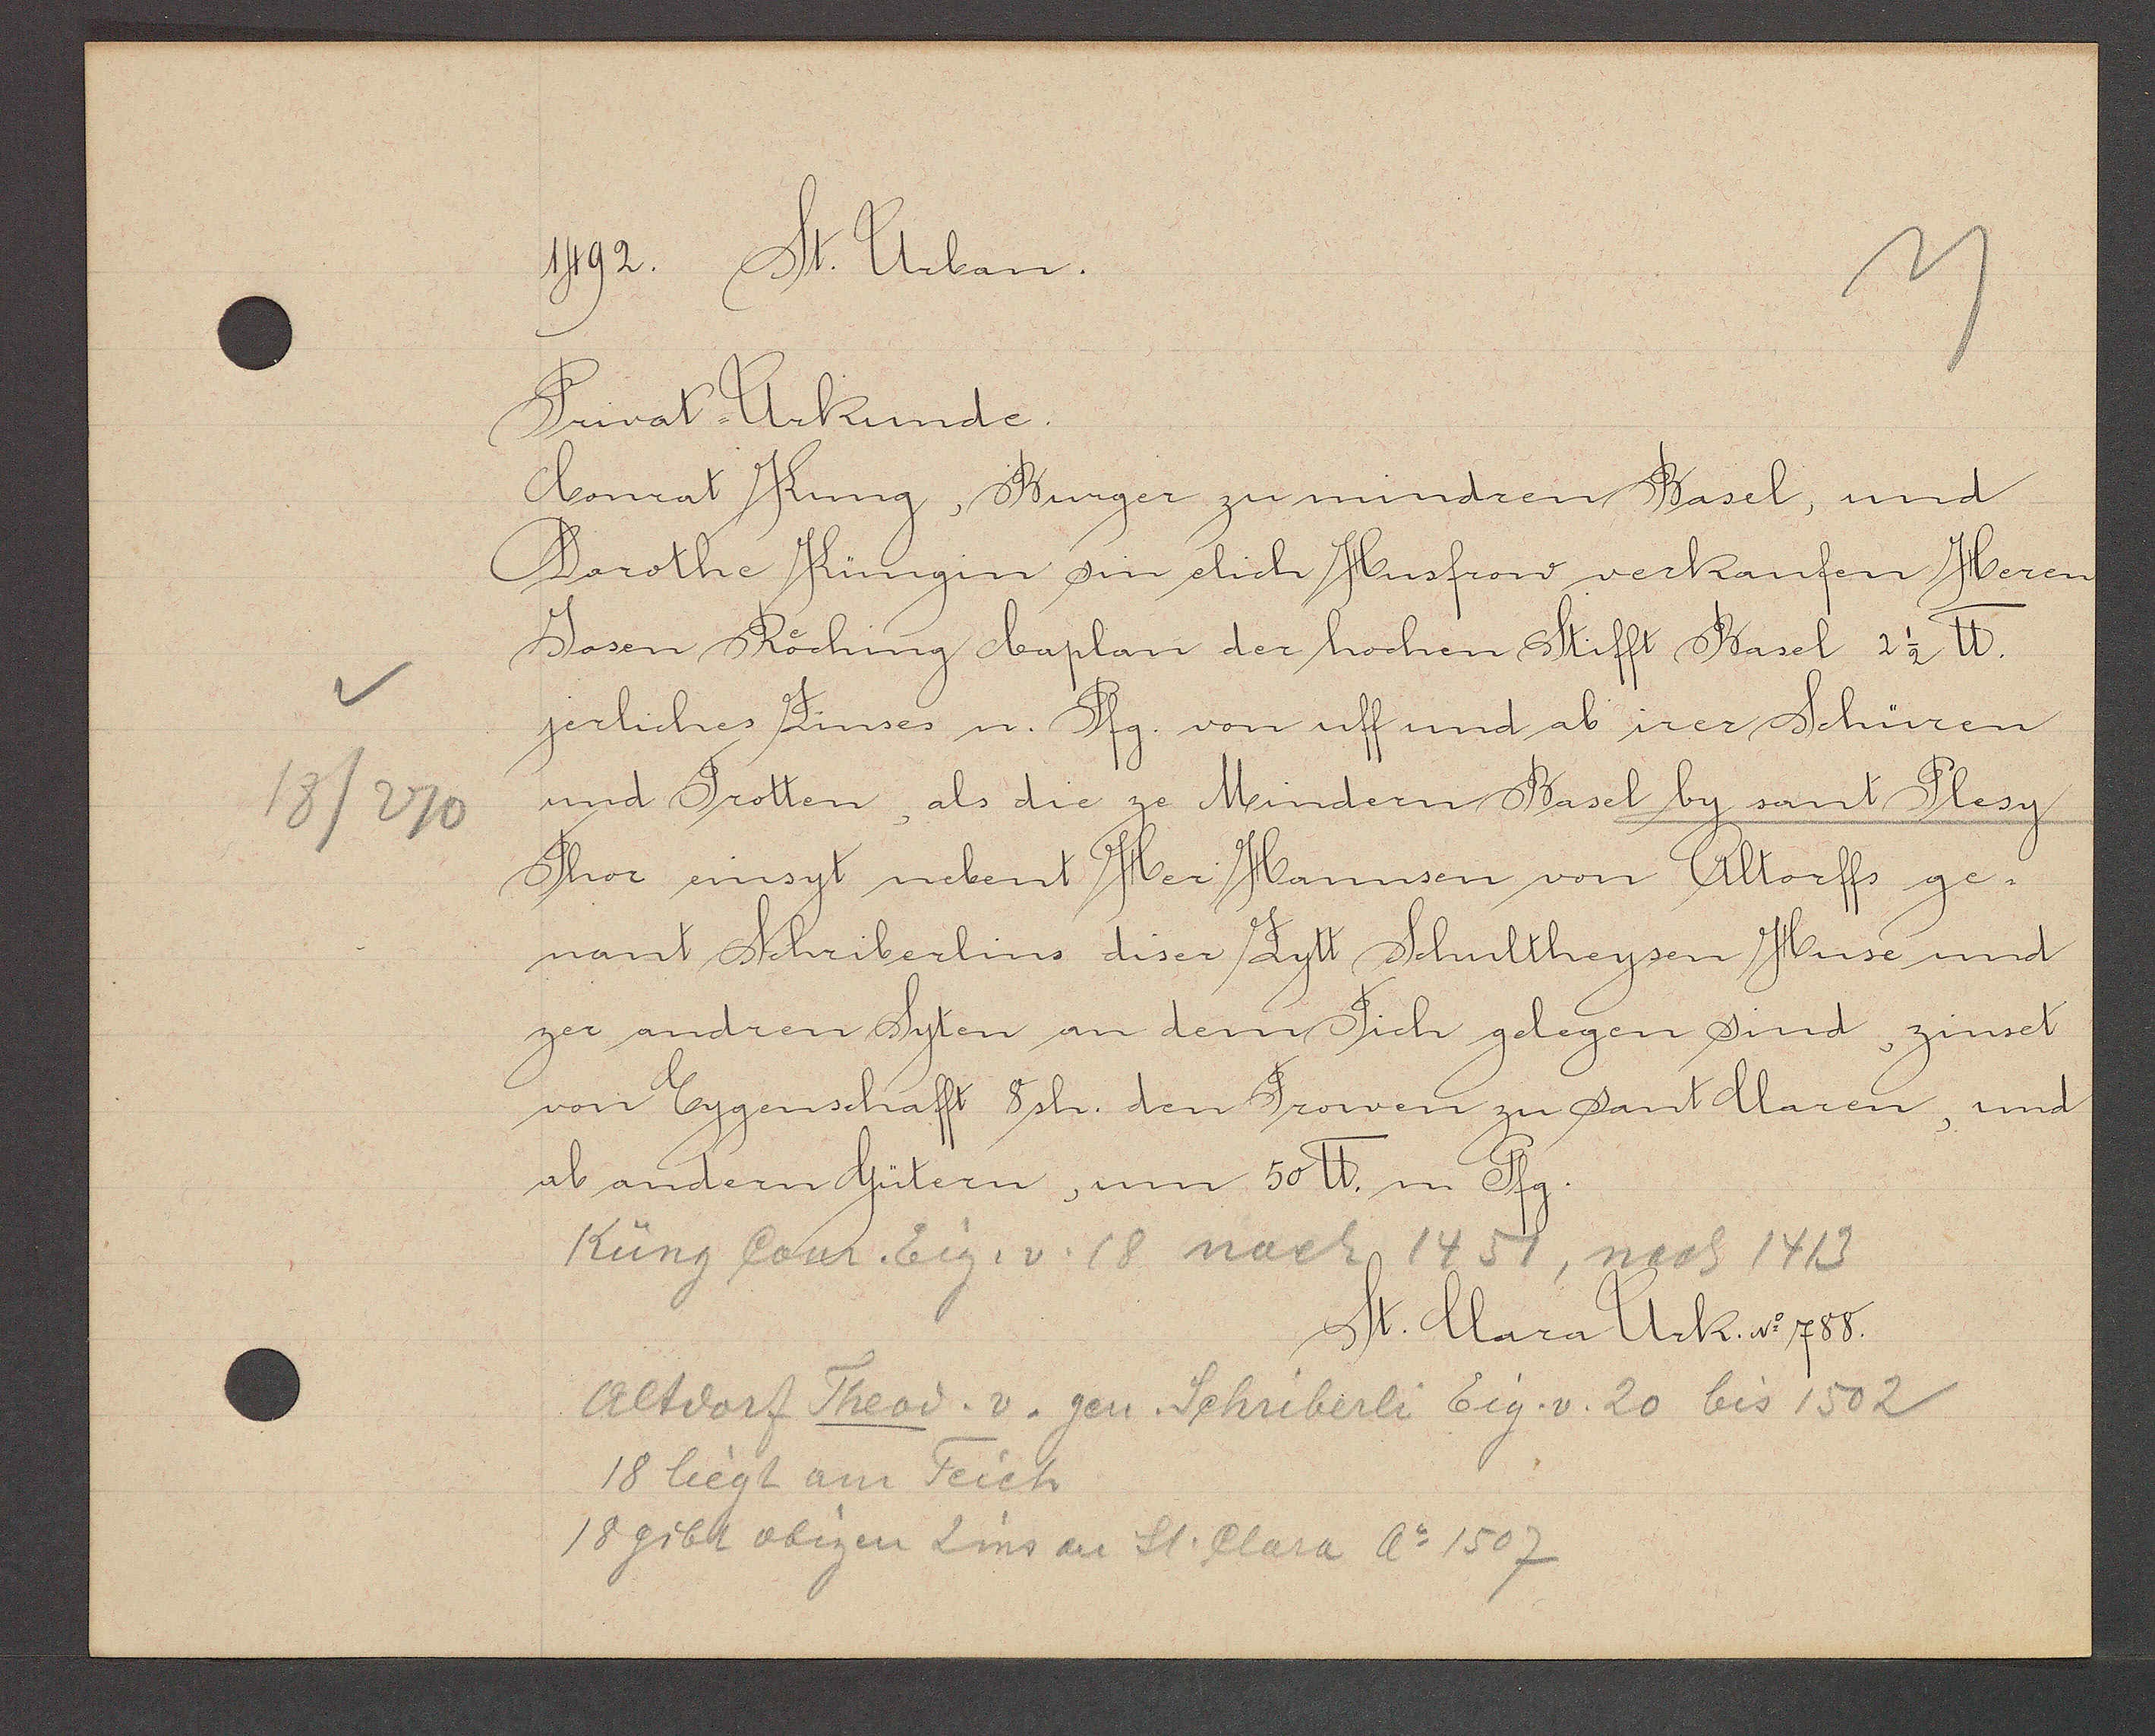
Transcript:
18/270

1492. St. Urban.

Privat- Urkunde.
Conrat Kung, Burger zu mindren Basel, und
Dorothe Küngin sin elich Husfrow verkaufen Heren
Josen Roching baplan der hochen Stifft Basel 2 1/2 ℔.

jerliches Zinses u. Pfg. von uff und ab irer Schüren
und Trotten, als die ze Mindern Basel by sant Plesy
Thor einsyt nebent Her Hannsen von Altorffs ge¬
nant Schriberlins diser Zytt Schultheysen Huse und
zer andren Syten an dem Tich gelegen sind, zinset
von Eygenschafft 5 sh. den Frowen zu sant Maren, und
ab andern Gütern, um 50 ℔. n. Pfg.

Küng Conr. Eig. v. 18 nach 1451, nach 1413

St. Mara Urk. No 788.

Altdorf Theod. v. gen. Schriberli Eig. v. 20 bis 1502
18 liegt am Teich
18 gibt obigen Zins an St. Clara Ao 1507